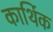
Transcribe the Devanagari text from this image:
कार्थिक